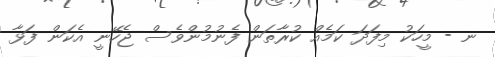
ނ - މީހަކު މިފަދަ ކަމެއް ކުރާތަން ފެނުމުންވެސް ޖެހޭނީ އެކަން ފަޅާ